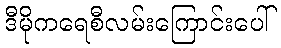
ဒီမိုကရေစီလမ်းကြောင်းပေါ်